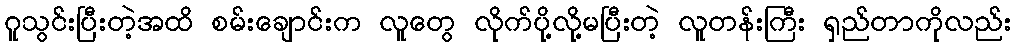
ဂူသွင်းပြီးတဲ့အထိ စမ်းချောင်းက လူတွေ လိုက်ပို့လို့မပြီးတဲ့ လူတန်းကြီး ရှည်တာကိုလည်း